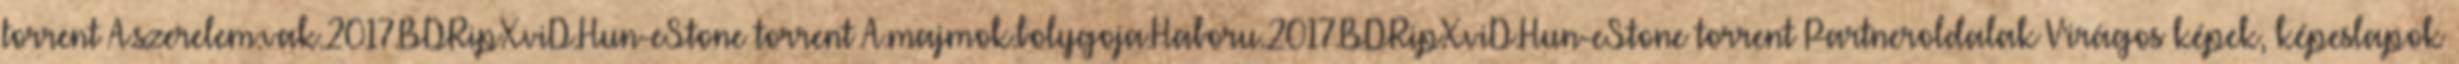
torrent A.szerelem.vak.2017.BDRip.XviD.Hun-eStone torrent A.majmok.bolygoja.Haboru.2017.BDRip.XviD.Hun-eStone torrent Partneroldalak Virágos képek, képeslapok